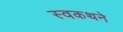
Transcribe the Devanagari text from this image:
स्वकथने